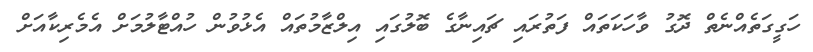
ހަގީގަތެއްނެތް ދޮގު ވާހަކަތައް ފަތުރައި ޗައިނާގެ ބޮލުގައި އިލްޒާމުތައް އެޅުވުން ހުއްޓާލުމަށް އެމެރިކާއަށް